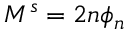
M ^ { s } = 2 n \phi _ { n }